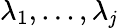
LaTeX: \lambda_{1},...,\lambda_{\mathit{j}}